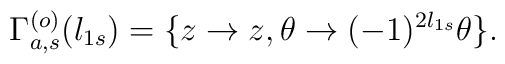
\Gamma_{a,s}^{(o)}(l_{1s})=\{z\rightarrow z,\theta\rightarrow(-1)^{2l_{1s}}\theta\}.